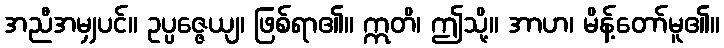
အညီအမျှပင်။ ဥပ္ပဇ္ဇေယျ၊ ဖြစ်ရာ၏။ ဣတိ၊ ဤသို့။ အာဟ၊ မိန့်တော်မူ၏။